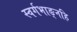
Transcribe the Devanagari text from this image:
स्वर्गभाङ्नहि